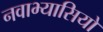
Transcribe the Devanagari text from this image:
नवाभ्यासियों